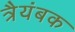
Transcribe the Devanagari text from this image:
त्रैयंबक